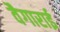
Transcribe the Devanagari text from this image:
वैगाराई